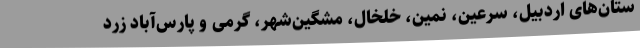
ستان‌های اردبیل، سرعین، نمین، خلخال، مشگین‌شهر، گرمی و پارس‌آباد زرد